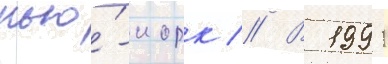
нью́-иорк // В 1991